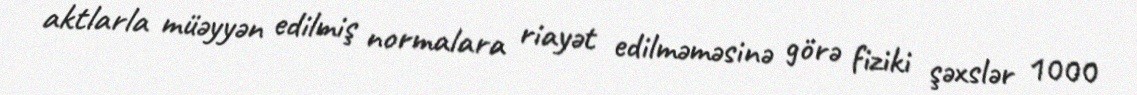
aktlarla müəyyən edilmiş normalara riayət edilməməsinə görə fiziki şəxslər 1000